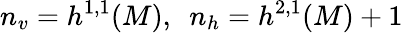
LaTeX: n_{v}=h^{1,1}(M),~~n_{h}=h^{2,1}(M)+1